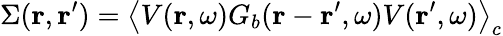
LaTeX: \Sigma(\boldsymbol{\mathbf{r}},\boldsymbol{\mathbf{r}}^{\prime})=\left\langle V(\boldsymbol{\mathbf{r}},\omega)G_{b}(\boldsymbol{\mathbf{r}}-\boldsymbol{\mathbf{r}}^{\prime},\omega)V(\boldsymbol{\mathbf{r}}^{\prime},\omega)\right\rangle_{c}